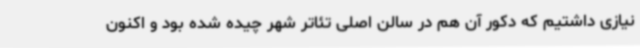
نیازی داشتیم که دکور آن هم در سالن اصلی تئاتر شهر چیده شده بود و اکنون